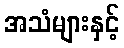
အသံများနှင့်